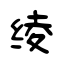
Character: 绫